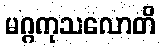
မဂ္ဂကုသလောတိ